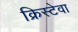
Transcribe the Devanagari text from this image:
क्रिस्टेवा